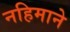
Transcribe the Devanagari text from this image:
नहिमाने